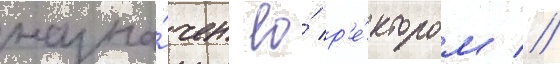
назна́чен ео́ р'е́ктором //